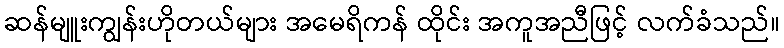
ဆန်မျူးကျွန်းဟိုတယ်များ အမေရိကန် ထိုင်း အကူအညီဖြင့် လက်ခံသည်။